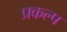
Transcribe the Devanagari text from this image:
प्रकल्‍प